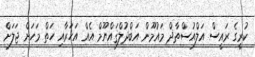
ކުރީގެ ރައީސް އަލްއުސްތާޛް މައުމޫން އަބްދުލްޤައްޔޫމް އެއް އަހަރާއި ހަތް މަހަށް ޖަލަށް